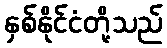
နှစ်နိုင်ငံတို့သည်